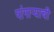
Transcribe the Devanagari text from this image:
पांगाऱ्याची